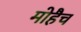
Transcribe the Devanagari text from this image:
मोहैच